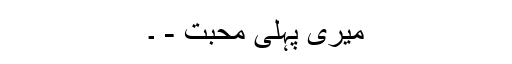
میری پہلی محبت - ۔